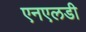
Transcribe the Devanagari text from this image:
एनएलडी